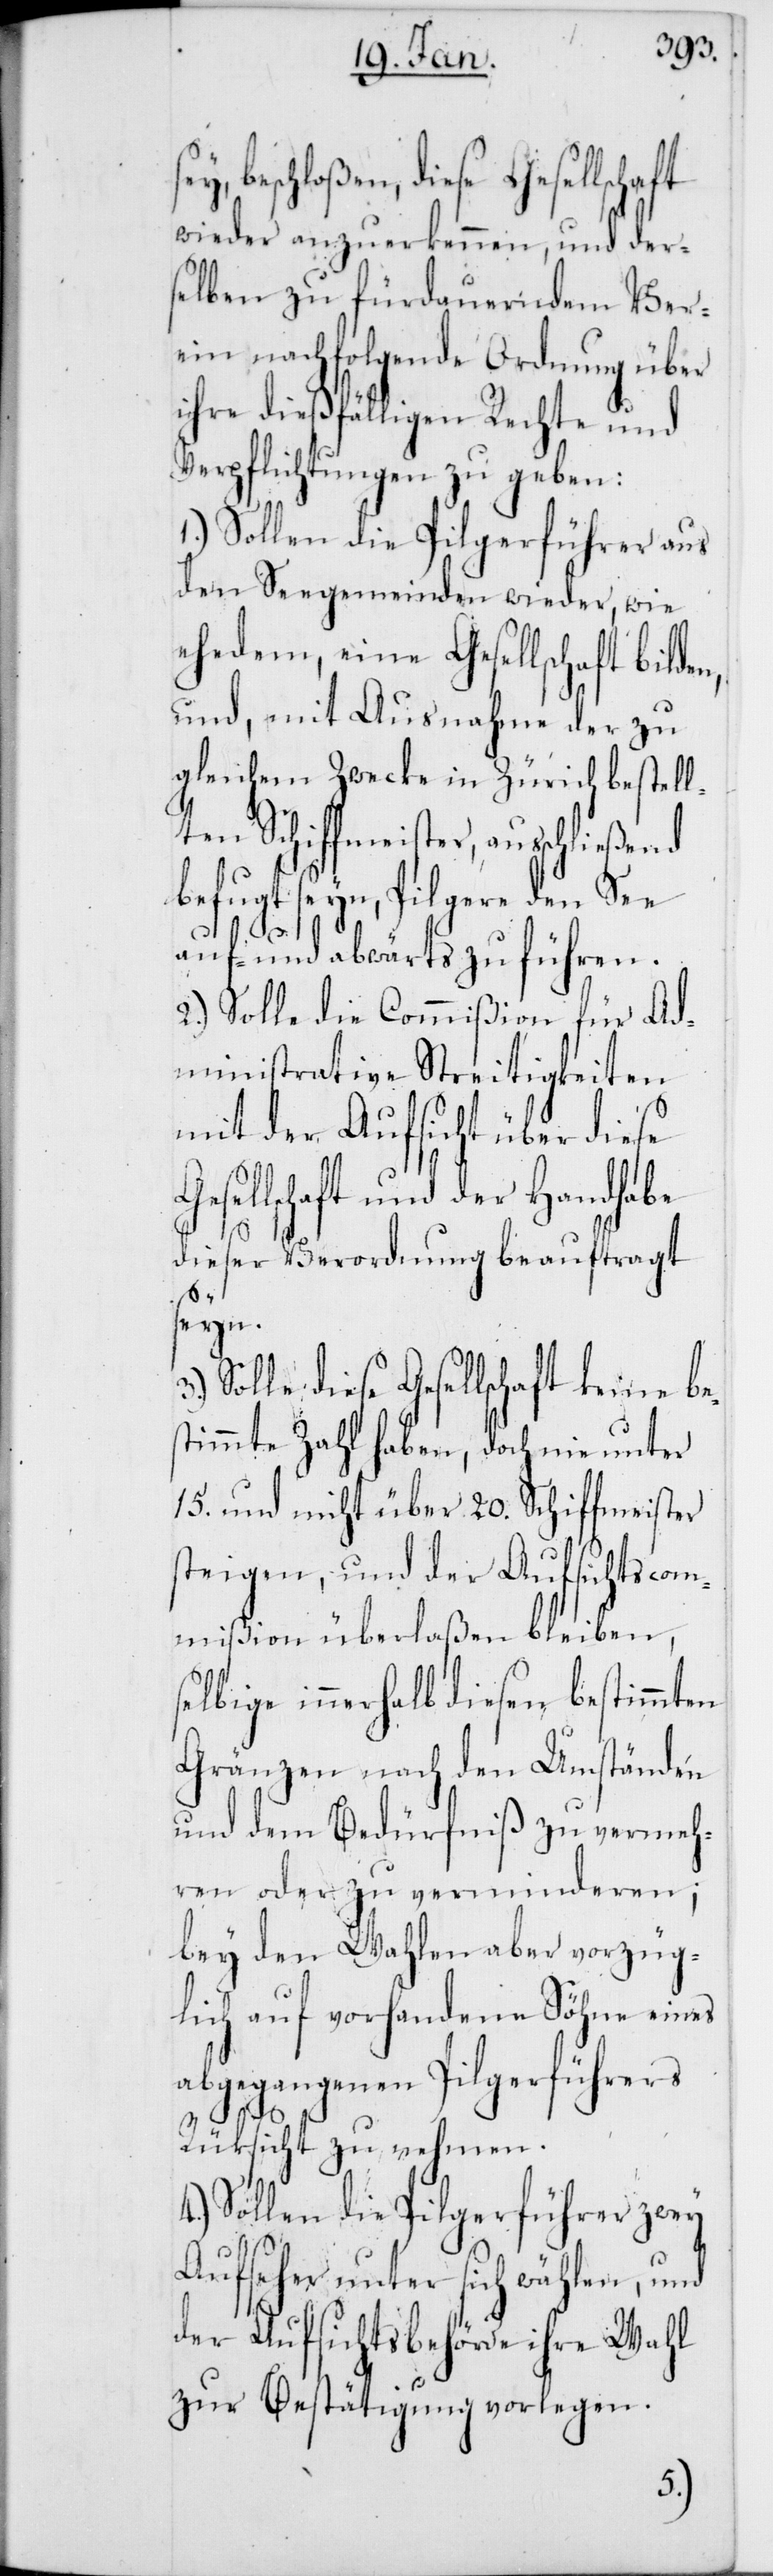
s¬
beschloßen, diese Gesellscha¬
wieder anzuerkennen, und der¬
selben zu fürdauerndem Ver¬
ein nachfolgende Ordnung über
ihre dießfälligen Rechte und
Verpflichtungen zu geben:
1.) Sollen die Pilgerführer aus
den Seegemeinden wieder, wie
ehedem, eine Gesellschaft bilde¬
und mit Ausnahme der zu
gleichem Zwecke in Zürich bestell¬
ten Schiffmeister, ausschließ¬
befugt seyn, Pilgere den See
auf- und abwärts zu führen.
2.) Solle die Commißion für Ad¬
ministrative Streitigkeiten
mit der Aufsicht über diese
Gesellschaft und der Handhabe
dieser Verordnung beauftragt
seyn.
Solle die Gesellschaft keine be¬
timmte Zahl haben, doch nie unter
15. und nicht über 20. Schiffmeister
steigen, und der Aufsichtscom¬
mißion überlaßen bleiben,
elbige innerhalb diesen bestimmten
Grenzen nach den Umständen
und dem Bedürfniß zu vermeh¬
ren oder zu verminderen;
bey den Wahlen aber vorzüg¬
lich auf vorhandene Söhne eines
abgegangenen Pilgerführers
Rücksicht zu nehmen.
Sollen die Pilgerführer zwey
Aufseher unter sich wählen, und
der Aufsichtsbehörde ihre Wahl
zur Bestätigung vorlegen.